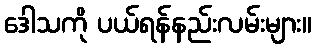
ဒေါသကို ပယ်ရန်နည်းလမ်းများ။